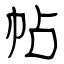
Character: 帖